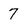
Character: 7